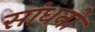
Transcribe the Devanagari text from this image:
सांधनो